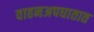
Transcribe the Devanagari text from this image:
वाहनअपघातात